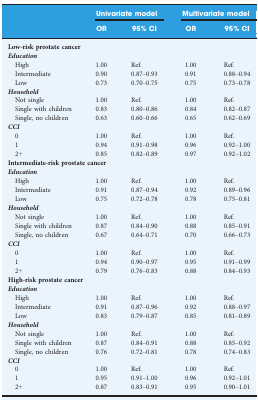
<table><thead><tr><td rowspan="2"></td><td colspan="2"><b>Univariate model</b></td><td colspan="2"><b>Multivariate model</b></td></tr><tr><td><b>OR</b></td><td><b>95% CI</b></td><td><b>OR</b></td><td><b>95% CI</b></td></tr></thead><tbody><tr><td colspan="5"><b>Low‐risk prostate cancer</b></td></tr><tr><td colspan="5"><i><b>Education</b></i></td></tr><tr><td>High</td><td>1.00</td><td>Ref.</td><td>1.00</td><td>Ref.</td></tr><tr><td>Intermediate</td><td>0.90</td><td>0.87–0.93</td><td>0.91</td><td>0.88–0.94</td></tr><tr><td>Low</td><td>0.73</td><td>0.70–0.75</td><td>0.75</td><td>0.73–0.78</td></tr><tr><td colspan="5"><i><b>Household</b></i></td></tr><tr><td>Not single</td><td>1.00</td><td>Ref.</td><td>1.00</td><td>Ref.</td></tr><tr><td>Single with children</td><td>0.83</td><td>0.80–0.86</td><td>0.84</td><td>0.82–0.87</td></tr><tr><td>Single, no children</td><td>0.63</td><td>0.60–0.66</td><td>0.65</td><td>0.62–0.69</td></tr><tr><td colspan="5"><i><b>CCI</b></i></td></tr><tr><td>0</td><td>1.00</td><td>Ref.</td><td>1.00</td><td>Ref.</td></tr><tr><td>1</td><td>0.94</td><td>0.91–0.98</td><td>0.96</td><td>0.92–1.00</td></tr><tr><td>2+</td><td>0.85</td><td>0.82–0.89</td><td>0.97</td><td>0.92–1.02</td></tr><tr><td colspan="5"><b>Intermediate‐risk prostate cancer</b></td></tr><tr><td colspan="5"><i><b>Education</b></i></td></tr><tr><td>High</td><td>1.00</td><td>Ref.</td><td>1.00</td><td>Ref.</td></tr><tr><td>Intermediate</td><td>0.91</td><td>0.87–0.94</td><td>0.92</td><td>0.89–0.96</td></tr><tr><td>Low</td><td>0.75</td><td>0.72–0.78</td><td>0.78</td><td>0.75–0.81</td></tr><tr><td colspan="5"><i><b>Household</b></i></td></tr><tr><td>Not single</td><td>1.00</td><td>Ref.</td><td>1.00</td><td>Ref.</td></tr><tr><td>Single with children</td><td>0.87</td><td>0.84–0.90</td><td>0.88</td><td>0.85–0.91</td></tr><tr><td>Single, no children</td><td>0.67</td><td>0.64–0.71</td><td>0.70</td><td>0.66–0.73</td></tr><tr><td colspan="5"><i><b>CCI</b></i></td></tr><tr><td>0</td><td>1.00</td><td>Ref.</td><td>1.00</td><td>Ref.</td></tr><tr><td>1</td><td>0.94</td><td>0.90–0.97</td><td>0.95</td><td>0.91–0.99</td></tr><tr><td>2+</td><td>0.79</td><td>0.76–0.83</td><td>0.88</td><td>0.84–0.93</td></tr><tr><td colspan="5"><b>High‐risk prostate cancer</b></td></tr><tr><td colspan="5"><i><b>Education</b></i></td></tr><tr><td>High</td><td>1.00</td><td>Ref.</td><td>1.00</td><td>Ref.</td></tr><tr><td>Intermediate</td><td>0.91</td><td>0.87–0.96</td><td>0.92</td><td>0.88–0.97</td></tr><tr><td>Low</td><td>0.83</td><td>0.79–0.87</td><td>0.85</td><td>0.81–0.89</td></tr><tr><td colspan="5"><i><b>Household</b></i></td></tr><tr><td>Not single</td><td>1.00</td><td>Ref.</td><td>1.00</td><td>Ref.</td></tr><tr><td>Single with children</td><td>0.87</td><td>0.84–0.91</td><td>0.88</td><td>0.85–0.92</td></tr><tr><td>Single, no children</td><td>0.76</td><td>0.72–0.81</td><td>0.78</td><td>0.74–0.83</td></tr><tr><td colspan="5"><i><b>CCI</b></i></td></tr><tr><td>0</td><td>1.00</td><td>Ref.</td><td>1.00</td><td>Ref.</td></tr><tr><td>1</td><td>0.95</td><td>0.91–1.00</td><td>0.96</td><td>0.92–1.01</td></tr><tr><td>2+</td><td>0.87</td><td>0.83–0.91</td><td>0.95</td><td>0.90–1.01</td></tr></tbody></table>